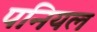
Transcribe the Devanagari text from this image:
पनियल